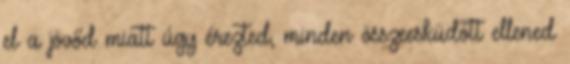
el a jövőd miatt úgy érezted, minden összeesküdött ellened